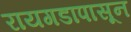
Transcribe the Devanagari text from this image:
रायगडापासून